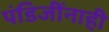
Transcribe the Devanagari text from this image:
पंडिजींनाही